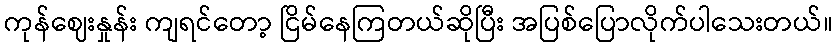
ကုန်ဈေးနှုန်း ကျရင်တော့ ငြိမ်နေကြတယ်ဆိုပြီး အပြစ်ပြောလိုက်ပါသေးတယ်။